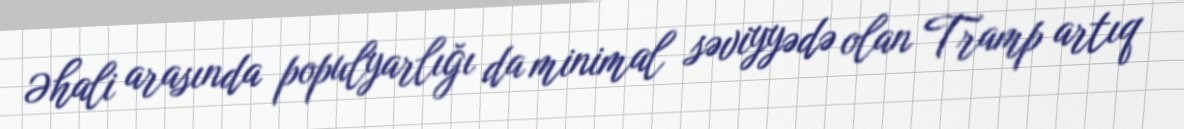
Əhali arasında populyarlığı da minimal səviyyədə olan Tramp artıq